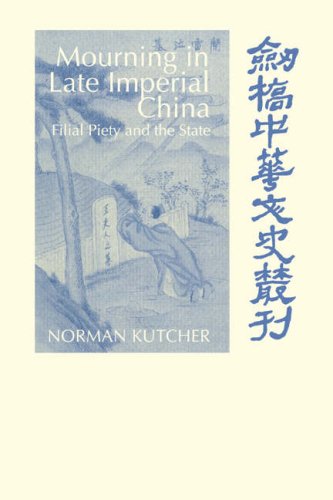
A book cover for Mourning in Late Imperial China: Filial Piety and the State (Cambridge Studies in Chinese History, Literature and Institutions); Norman Kutcher; History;